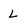
Character: L